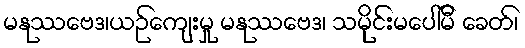
မနုဿဗေဒ၊ယဉ်ကျေးမှု မနုဿဗေဒ၊ သမိုင်းမပေါ်မီ ခေတ်၊